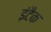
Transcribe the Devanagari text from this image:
इंटैक